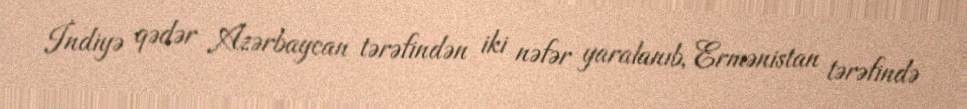
İndiyə qədər Azərbaycan tərəfindən iki nəfər yaralanıb, Ermənistan tərəfində